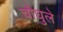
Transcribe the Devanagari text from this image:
चौघुले